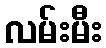
လမ်းမီး